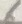
Text: 6